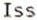
ISS